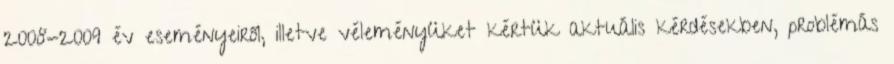
2008-2009 év eseményeiről, illetve véleményüket kértük aktuális kérdésekben, problémás